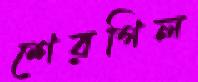
শেরগিল